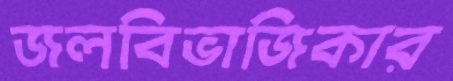
জলবিভাজিকার